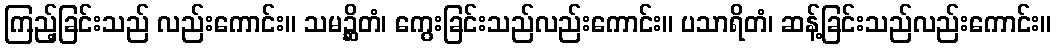
ကြည့်ခြင်းသည် လည်းကောင်း။ သမဉ္ဆိတံ၊ ကွေးခြင်းသည်လည်းကောင်း။ ပသာရိတံ၊ ဆန့်ခြင်းသည်လည်းကောင်း။